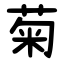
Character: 菊